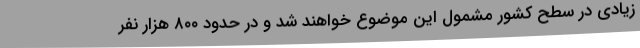
زیادی در سطح کشور مشمول این موضوع خواهند شد و در حدود ۸۰۰ هزار نفر